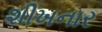
શીખનાર